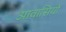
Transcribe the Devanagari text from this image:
आवासियों